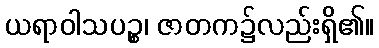
ယရာဝါသပဉ္စ၊ ဇာတက၌လည်းရှိ၏။